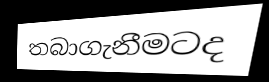
තබාගැනීමටද